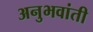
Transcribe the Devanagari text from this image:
अनुभवांती